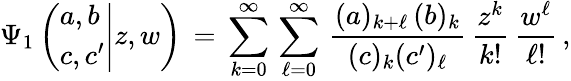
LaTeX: \begin{array}{l}{\displaystyle\Psi_{1}\left(\left.\begin{array}{l}{a,b}\\ {c,c^{\prime}}\end{array}\right|z,w\right)\, =\, \sum_{k=0}^{\infty}\, \sum_{\ell=0}^{\infty}\, \frac{(a)_{k+\ell}\, (b)_{k}}{(c)_{k}(c^{\prime})_{\ell}}\, \frac{z^{k}}{k!}\, \frac{w^{\ell}}{\ell!}\, ,}\end{array}